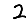
Digit: 2